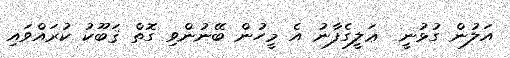
އަލުން ގުޅުނީ  ޢަލީގެފާނު އެ މީހުން ބޭނުންވި ގޮތް ޤަބޫކު ކުރައްވައި